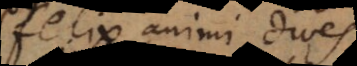
felix animi, di